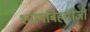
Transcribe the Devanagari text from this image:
श्यामबिहारीजी